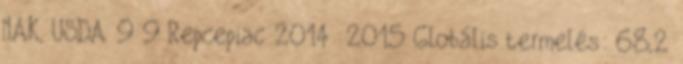
NAK, USDA 9 9 Repcepiac 2014 2015 Globális termelés: 68,2